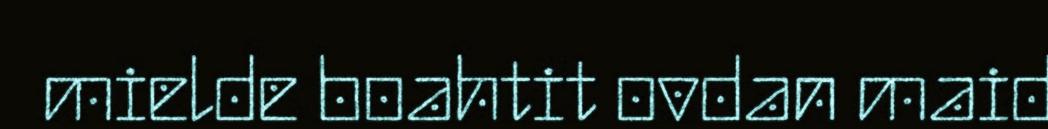
mielde boahtit ovdan maid